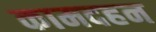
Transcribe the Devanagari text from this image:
कामदहन